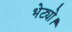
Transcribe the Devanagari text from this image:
भेट्यो।